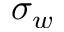
\sigma _ { w }